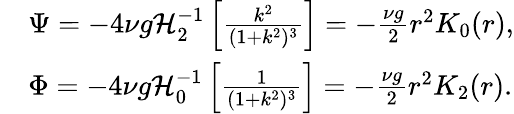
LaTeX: \begin{array}{rl}&{\Psi=-4\nu g\mathcal{H}_{2}^{-1}\left[\frac{k^{2}}{(1+k^{2})^{3}}\right]=-\frac{\nu g}{2}r^{2}K_{0}(r),}\\ &{\Phi=-4\nu g\mathcal{H}_{0}^{-1}\left[\frac{1}{(1+k^{2})^{3}}\right]=-\frac{\nu g}{2}r^{2}K_{2}(r).}\end{array}